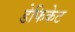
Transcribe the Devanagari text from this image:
डेफिकेट